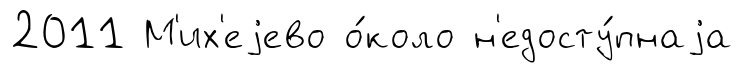
2011 М'их'еjево о́коло н'едосту́пнаjа